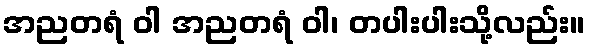
အညတရံ ဝါ အညတရံ ဝါ၊ တပါးပါးသို့လည်း။